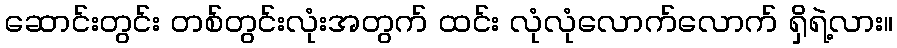
ဆောင်းတွင်း တစ်တွင်းလုံးအတွက် ထင်း လုံလုံလောက်လောက် ရှိရဲ့လား။